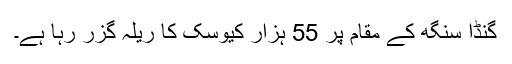
گنڈا سنگھ کے مقام پر 55 ہزار کیوسک کا ریلہ گزر رہا ہے۔